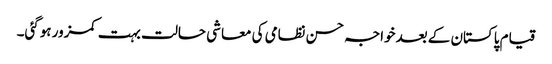
قیام پاکستان کے بعدخواجہ حسن نظامی کی معاشی حالت بہت کمزور ہوگئی۔